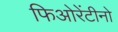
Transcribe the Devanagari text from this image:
फिओरेंटीनो